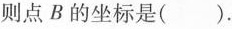
则点B的坐标是( )。